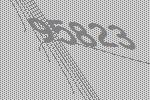
95823